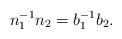
LaTeX: \begin{align*}n_1^{-1} n_2 = b_1^{-1} b_2. \end{align*}